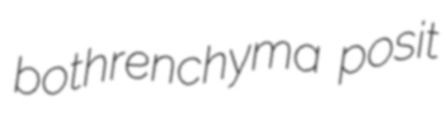
bothrenchyma posit